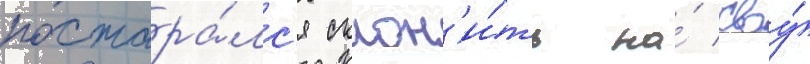
постара́лс'я склон'и́ть на́ своу́